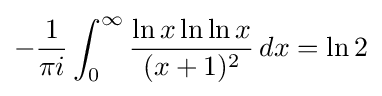
-{\frac {1}{\pi i}}\int _{0}^{\infty }{\frac {\ln x\ln \ln x}{(x+1)^{2}}}\,dx=\ln 2